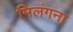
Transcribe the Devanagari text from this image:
मिलंगना